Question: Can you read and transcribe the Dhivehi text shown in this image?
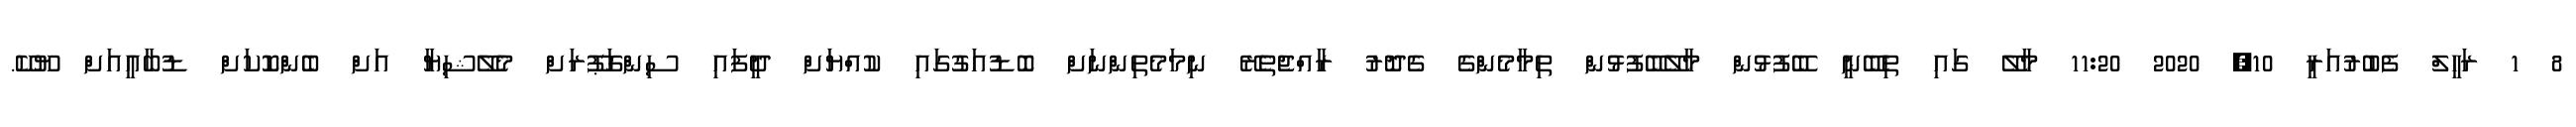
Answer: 8 1 ރަހީލް ފެބުރުއަރީ 10, 2020 11:20 މާލޭ ގައި ތިބޭނީ ބޭފުޅުން މާލޭބޭފުޅުން ތިމާމެންގެ ގެދޮރު ރާއްޖެތެރޭ ނިމަމެތިންނަށް ބޮޑުއަގުގައި ކުއްޔަށް ދީފައި ސިންގަޕޫރަށް މެލޭޝިޔާ އަށް ބެންކޮކަށް ޑުބާއީއަށް ޔޫކޭ.